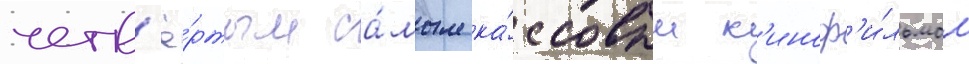
четв'ё́ртым са́мым ка́ссовым к'иноф'и́льмом